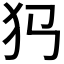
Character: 𤜛